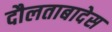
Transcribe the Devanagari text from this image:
दौलताबादेस